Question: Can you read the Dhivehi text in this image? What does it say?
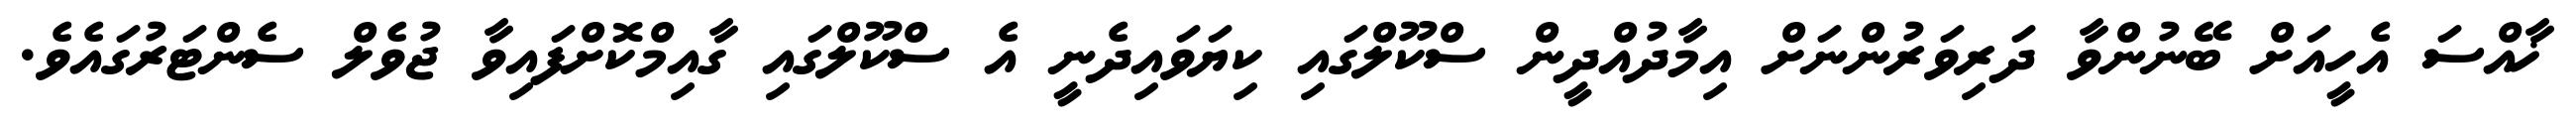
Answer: ޚާއްސަ އެހީއަށް ބޭނުންވާ ދަރިވަރުންނަށް އިމާދުއްދީން ސްކޫލްގައި ކިޔަވައިދެނީ އެ ސްކޫލްގައި ގާއިމްކޮށްފައިވާ ޖުވެލް ސެންޓަރުގައެވެ.